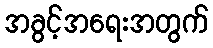
အခွင့်အရေးအတွက်